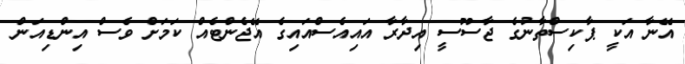
އޭނާ އަކީ ޕާކިސްތާނުގެ ޖާސޫސީ އިދާރާ އައިއެސްއައިގެ އޭޖެންޓެއް ކަމަށް ވެސް އިންޑިއަން